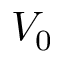
V _ { 0 }